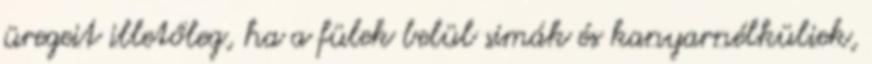
üregeit illetőleg, ha a fülek belül simák és kanyarnélküliek,